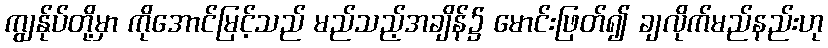
ကျွန်ုပ်တို့မှာ ကိုအောင်မြင့်သည် မည်သည့်အချိန်၌ မောင်းဖြတ်၍ ချလိုက်မည်နည်းဟု